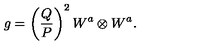
g = \left( \frac { Q } { P } \right) ^ { 2 } W ^ { a } \otimes W ^ { a } .